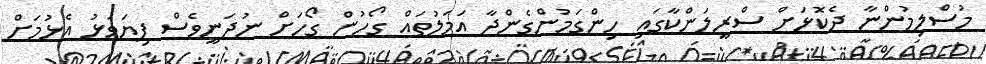
މުސްލިމުންނާ ދެކޮޅަށް ސްރީލަންކާގައި ހިންގަމުންގެންދާ އަމަލުތައް ގޯހުން ގޯހަށް ނުދަނީވެސް ފިޔަވަޅު އެޅުމަށް